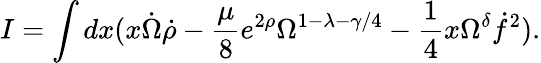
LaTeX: I=\int dx(x\dot{\Omega}\dot{\rho}-\frac{\mu}{8}e^{2\rho}\Omega^{1-\lambda-\gamma/4}-\frac{1}{4}x\Omega^{\delta}\dot{f}^{2}).